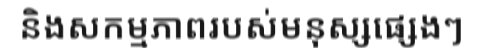
និងសកម្មភាពរបស់មនុស្សផ្សេងៗ